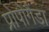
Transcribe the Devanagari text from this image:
प्रोपोगैंडा